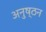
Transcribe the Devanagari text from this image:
अनुष्ठन